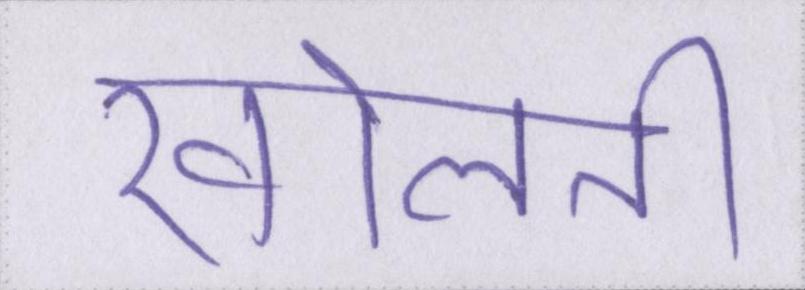
खोलती